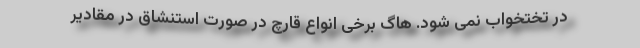
در تختخواب نمی شود. هاگ برخی انواع قارچ در صورت استنشاق در مقادیر